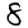
Digit: 8